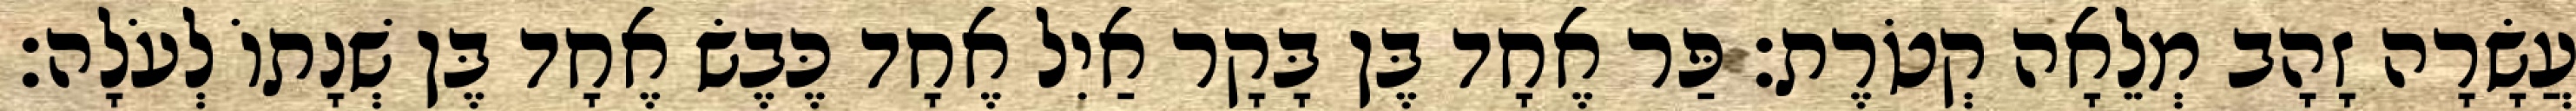
עֲשָׂרָה זָהָב מְלֵאָה קְטֹרֶת׃ פַּר אֶחָד בֶּן בָּקָר אַיִל אֶחָד כֶּבֶשׂ אֶחָד בֶּן שְׁנָתוֹ לְעֹלָה׃